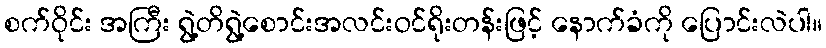
စက်ဝိုင်း အကြီး ရွဲ့တိရွဲ့စောင်းအလင်းဝင်ရိုးတန်းဖြင့် နောက်ခံကို ပြောင်းလဲပါ။